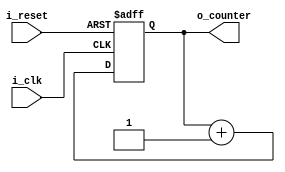
`timescale 1ns / 1ps
//////////////////////////////////////////////////////////////////////////////////
// Company: 
// Engineer: 
// 
// Design Name: 
// Module Name: counter_fnd
// Project Name: 
// Target Devices: 
// Tool Versions: 
// Description: 
// 
// Dependencies: 
// 
// Revision:
// Revision 0.01 - File Created
// Additional Comments:
// 
//////////////////////////////////////////////////////////////////////////////////


module counter_fnd(
    input i_clk,
    input i_reset,
    output [1:0] o_counter
    );

    reg [1:0] r_counter = 0;
    assign o_counter = r_counter;

    always @(posedge i_clk or posedge i_reset) begin
        if(i_reset) begin
            r_counter <= 0;
        end
        else begin
            r_counter <= r_counter + 1;
        end
    end
endmodule